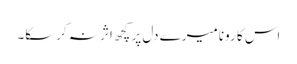
اس کا رونا میرے دل پر کچھ اثر نہ کرسکا۔